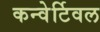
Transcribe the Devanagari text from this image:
कन्वेर्टिवल